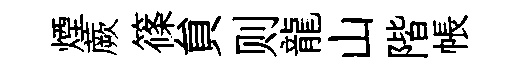
煙蕨篠貟则龍山階帳